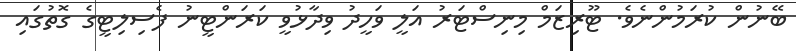
ބޭނުން ކުރަމުންނެވެ. ޓޫރިޒަމް މިނިސްޓަރު އަލީ ވަހީދު ވިދާޅުވީ ކަރަންޓީނު ފެސިލިޓީގެ ގޮތުގައި